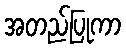
အတည်ပြုကာ